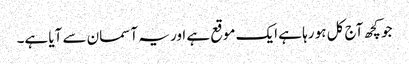
جو کچھ آج کل ہو رہا ہے ایک موقع ہے اور یہ آسمان سے آیا ہے۔